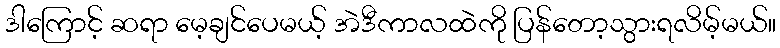
ဒါကြောင့် ဆရာ မေ့ချင်ပေမယ့် အဲဒီကာလထဲကို ပြန်တော့သွားရလိမ့်မယ်။